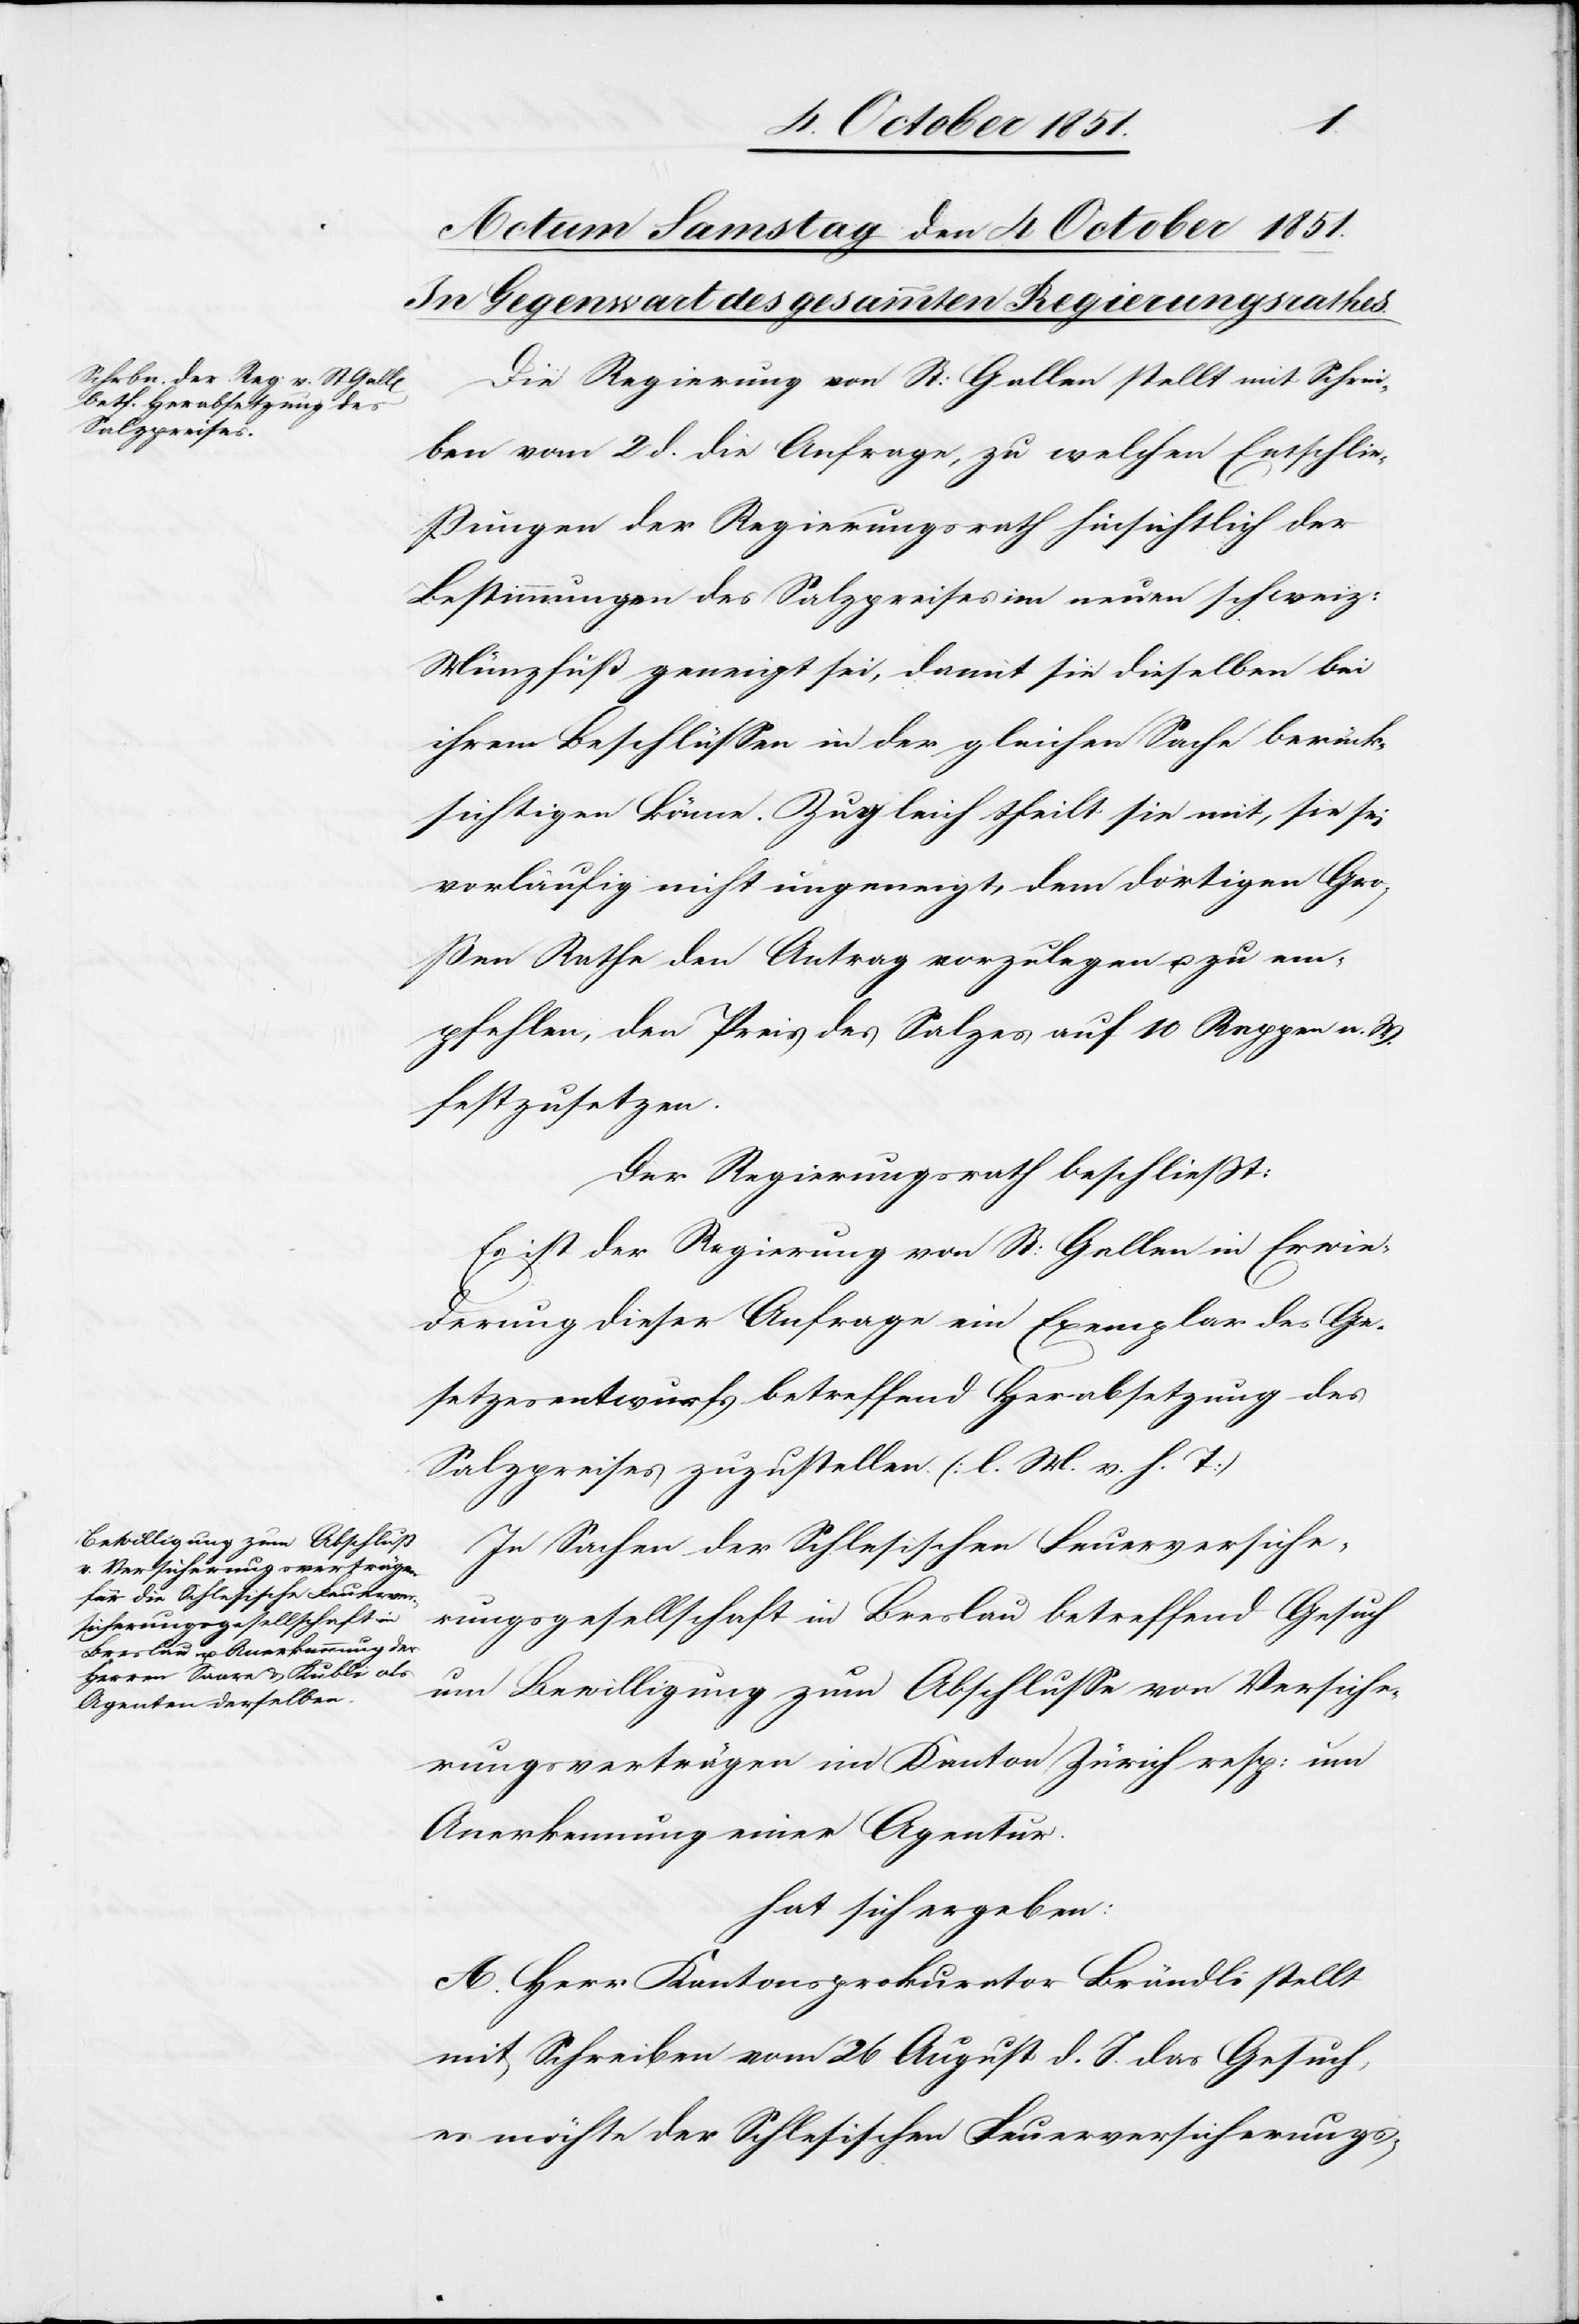
Die Regierung von St: Gallen stellt mit Schrei¬
ben vom 2 d. die Anfrage, zu welchen Entschlie¬
ßungen der Regierungsrath hinsichtlich der
Bestimmungen des Salzpreises im neuen schweiz:
Münzfuß geneigt sei, damit sie dieselben bei
ihren Beschlüssen in der gleichen Sache berück¬
sichtigen könne. Zugleich theilt sie mit, sie sei
vorläufig nicht ungeneigt, dem dortigen Gro¬
ßen Rathe den Antrag vorzulegen u. zu em¬
pfehlen, den Preis des Salzes auf 10 Rappen n. W.
festzusetzen.
Der Regierungsrath beschließt:
Es ist der Regierung von St: Gallen in Erwie¬
derung dieser Anfrage ein Exemplar des Ge¬
setzesentwurfs betreffend Herabsetzung des
Salzpreises zuzustellen. (l. M. v. h. T)
In Sachen der Schlesischen Feuerversiche¬
rungsgesellschaft in Breslau betreffend Gesuch
um Bewilligung zum Abschlusse von Versiche¬
rungsverträgen im Kanton Zürich resp: um
Anerkennung einer Agentur.
hat sich ergeben:
A. Herr Kantonsprokurator Brändli stellt
mit Schreiben vom 26 August d. J. das Gesuch,
es möchte der Schlesischen Feuerversicherungs-